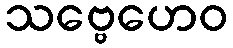
သဗ္ဗေဟေဝ